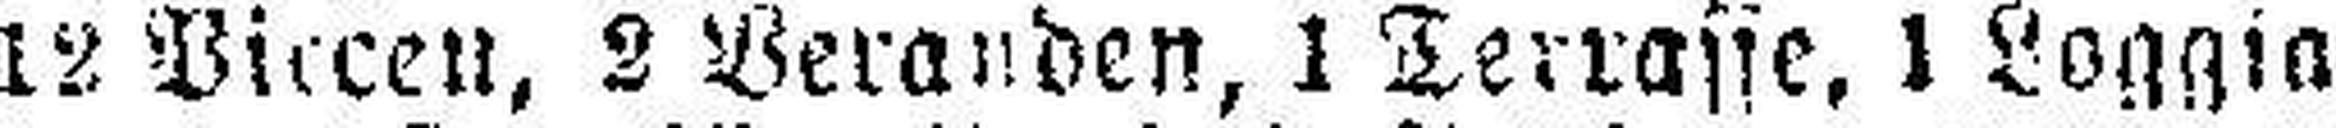
12 Piecen, 2 Veranden, 1 Terrasse, 1 Loggia